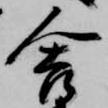
舎